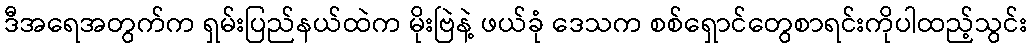
ဒီအရေအတွက်က ရှမ်းပြည်နယ်ထဲက မိုးဗြဲနဲ့ ဖယ်ခုံ ဒေသက စစ်ရှောင်တွေစာရင်းကိုပါထည့်သွင်း